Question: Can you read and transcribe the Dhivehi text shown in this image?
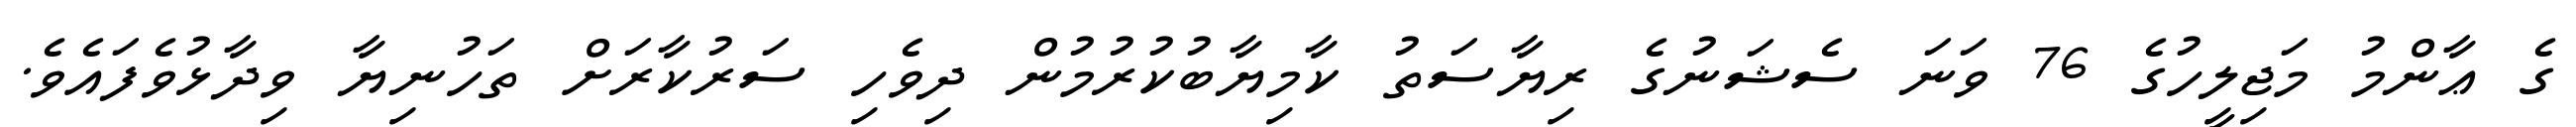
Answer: ގެ ޢާންމު މަޖިލީހުގެ 76 ވަނަ ސެޝަނުގެ ރިޔާސަތު ކާމިޔާބުކުރުމުން ދިވެހި ސަރުކާރަށް ތަހުނިޔާ ވިދާޅުވެފައެވެ.